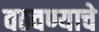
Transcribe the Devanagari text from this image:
वठवण्याचे